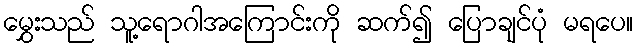
မွှေးသည် သူ့ရောဂါအကြောင်းကို ဆက်၍ ပြောချင်ပုံ မရပေ။